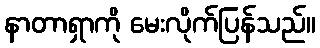
နာတာရှာကို မေးလိုက်ပြန်သည်။